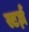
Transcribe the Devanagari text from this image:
स्टर्ज़